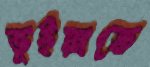
ভূইয়াকে